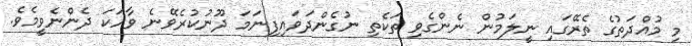
މި މުއްދަތުގެ ތެރޭގައި ނީލަމުން ނެންގެވި ތަކެތި ނުގެންދަވައިފިނަމަ ދޫނުކުރެވޭނެ ވާހަކަ ދެންނެވީމެވެ.